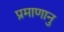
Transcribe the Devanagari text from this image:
प्रमाणानु